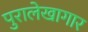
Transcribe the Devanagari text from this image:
पुरालेखागार